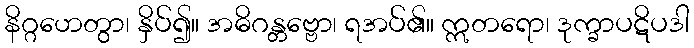
နိဂ္ဂဟေတွာ၊ နှိပ်၍။ အဓိဂန္တဗ္ဗော၊ ရအပ်၏။ ဣတရော၊ ဒုက္ခာပဋိပဒါ